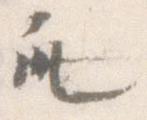
す